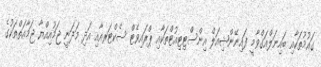
ގައުމުތަކާއި ބައިނަލްއަގްވާމީ ފައިނޭންޝިއަލް އިންސްޓިޓިއުޓްތަކާއި ޕްރައިވެޓް ސެކްޓަރއާއި އަދި މަދަނީ ޖަމުއިއްޔާ ޖަމާއަތްތަކުގެ